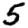
Digit: 5